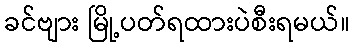
ခင်ဗျား မြို့ပတ်ရထားပဲစီးရမယ်။